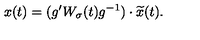
x ( t ) = ( g ^ { \prime } W _ { \sigma } ( t ) g ^ { - 1 } ) \cdot \widetilde { x } ( t ) .